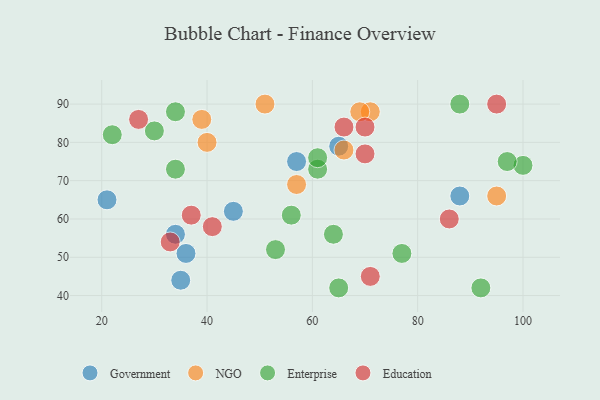
{"axis": {"x": "GDP", "y": "Life Expectancy"}, "legend": ["Education", "Enterprise", "Government", "NGO"], "data": [{"x": "65", "y": 79, "type": "Government"}, {"x": "35", "y": 44, "type": "Government"}, {"x": "45", "y": 62, "type": "Government"}, {"x": "34", "y": 56, "type": "Government"}, {"x": "21", "y": 65, "type": "Government"}, {"x": "88", "y": 66, "type": "Government"}, {"x": "57", "y": 75, "type": "Government"}, {"x": "36", "y": 51, "type": "Government"}, {"x": "71", "y": 88, "type": "NGO"}, {"x": "95", "y": 66, "type": "NGO"}, {"x": "57", "y": 69, "type": "NGO"}, {"x": "40", "y": 80, "type": "NGO"}, {"x": "66", "y": 78, "type": "NGO"}, {"x": "51", "y": 90, "type": "NGO"}, {"x": "39", "y": 86, "type": "NGO"}, {"x": "69", "y": 88, "type": "NGO"}, {"x": "61", "y": 73, "type": "Enterprise"}, {"x": "22", "y": 82, "type": "Enterprise"}, {"x": "65", "y": 42, "type": "Enterprise"}, {"x": "34", "y": 73, "type": "Enterprise"}, {"x": "56", "y": 61, "type": "Enterprise"}, {"x": "30", "y": 83, "type": "Enterprise"}, {"x": "64", "y": 56, "type": "Enterprise"}, {"x": "100", "y": 74, "type": "Enterprise"}, {"x": "53", "y": 52, "type": "Enterprise"}, {"x": "97", "y": 75, "type": "Enterprise"}, {"x": "88", "y": 90, "type": "Enterprise"}, {"x": "34", "y": 88, "type": "Enterprise"}, {"x": "92", "y": 42, "type": "Enterprise"}, {"x": "61", "y": 76, "type": "Enterprise"}, {"x": "77", "y": 51, "type": "Enterprise"}, {"x": "70", "y": 77, "type": "Education"}, {"x": "27", "y": 86, "type": "Education"}, {"x": "66", "y": 84, "type": "Education"}, {"x": "71", "y": 45, "type": "Education"}, {"x": "37", "y": 61, "type": "Education"}, {"x": "41", "y": 58, "type": "Education"}, {"x": "70", "y": 84, "type": "Education"}, {"x": "33", "y": 54, "type": "Education"}, {"x": "86", "y": 60, "type": "Education"}, {"x": "95", "y": 90, "type": "Education"}]}